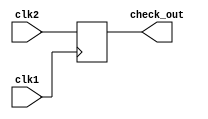
module edge_check(clk1,clk2,check_out);

input clk1,clk2;
output reg check_out;

always@(posedge clk1)  
begin              
    check_out <= clk2;  
end                   


endmodule